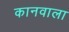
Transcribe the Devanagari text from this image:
कानवाला